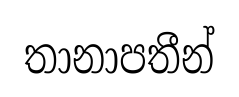
තානාපතීන්